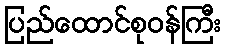
ပြည်ထောင်စုဝန်ကြီး